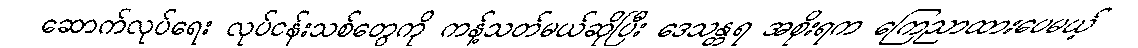
ဆောက်လုပ်ရေး လုပ်ငန်းသစ်တွေကို ကန့်သတ်မယ်ဆိုပြီး ဒေသန္တရ အစိုးရက ကြေညာထားပေမယ့်